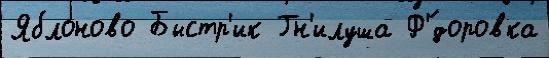
Яблоново Быстр'ик Гн'илуша Ф'́доровка